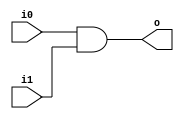
module and2 (input wire i0, i1, output wire o);
  assign o = i0 & i1;
endmodule

module or2 (input wire i0, i1, output wire o);
	assign o = i0 | i1;
endmodule

module mux2 (input wire i0, i1, j, output wire o);
  assign o = (j==0)?i0:i1;
endmodule

module invert (input wire i, output wire o);
   assign o = !i;
endmodule
module df (input wire clk, in, output wire out);
  reg df_out;
  always@(posedge clk) df_out <= in;
  assign out = df_out;
endmodule

module dfr (input wire clk, reset, in, output wire out);
  wire reset_, df_in;
  invert invert_0 (reset, reset_);
  and2 and2_0 (in, reset_, df_in);
  df df_0 (clk, df_in, out);
endmodule

module dfrl (input wire clk, reset, load, in, output wire out);
  wire _in;
  mux2 mux2_0(out, in, load, _in);
  dfr dfr_1(clk, reset, _in, out);
endmodule

module piso (input wire clk, load,reset,shift,input wire [3:0] in, output wire sout);
	wire [2:0] out;
	wire [2:0]muxout;
	dfrl _d0 (clk, reset, load, in[0], out[0]);
	mux2 _m0 (in[1], out[0], shift, muxout[0]);
	dfrl _d1 (clk, reset, load, muxout[0], out[1]);
	mux2 _m1 (in[2], out[1], shift, muxout[1]);
	dfrl _d2 (clk, reset, load, muxout[1], out[2]);
	mux2 _m2 (in[3], out[2], shift, muxout[2]);
	dfrl _d3 (clk, reset, load, muxout[2], sout);

endmodule